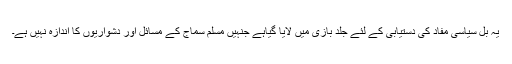
یہ بل سیاسی مفاد کی دستیابی کے لئے جلد بازی میں لایا گیاہے جنہیں مسلم سماج کے مسائل اور دشواریوں کا اندازہ نہیں ہے۔